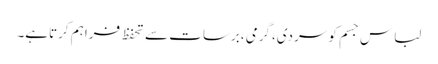
لباس جسم کو سردی،گرمی ،برسات سے تحفظ فراہم کرتاہے۔